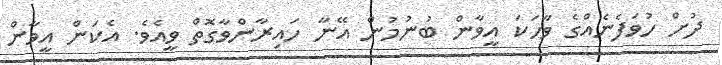
ދުށް ހުވަފެނެއްގެ ވާހަކަ އީވާން ބުނުމުން އޭނާ ހައިރާންވާގޮތް ވީއެވެ. އެކަން އީވާން